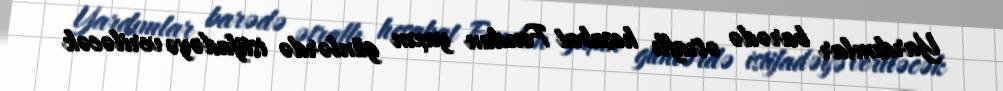
Yardımlar barədə ətraflı hesabat Fondun yaxın günlərdə istifadəyə veriləcək